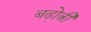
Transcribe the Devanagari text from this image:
बढो़त्री